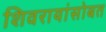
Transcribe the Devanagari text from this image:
शिवरायांसोबत